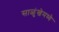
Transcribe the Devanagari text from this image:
साळुंखेमध्ये